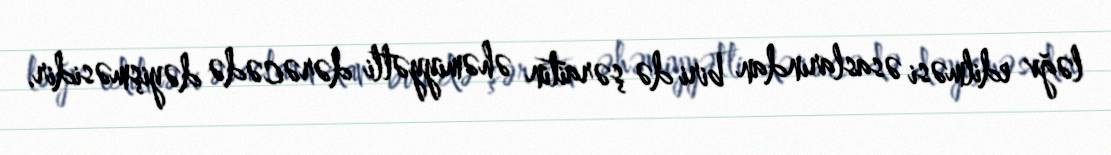
ləğv edilməsi əsaslarından biri də şəraitin əhəmiyyətli dərəcədə dəyişməsidir.